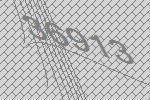
36913